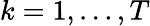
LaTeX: k=1,\ldots,T